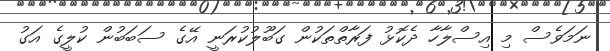
ނަމަވެސް މި އިސްލާހާ ދެކޮޅު ފަރާތްތަކުން ގަބޫލުކުރަނީ އޭގެ ސަބަބުން ކުލީގެ އަގު